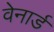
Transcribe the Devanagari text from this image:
वेनार्ड